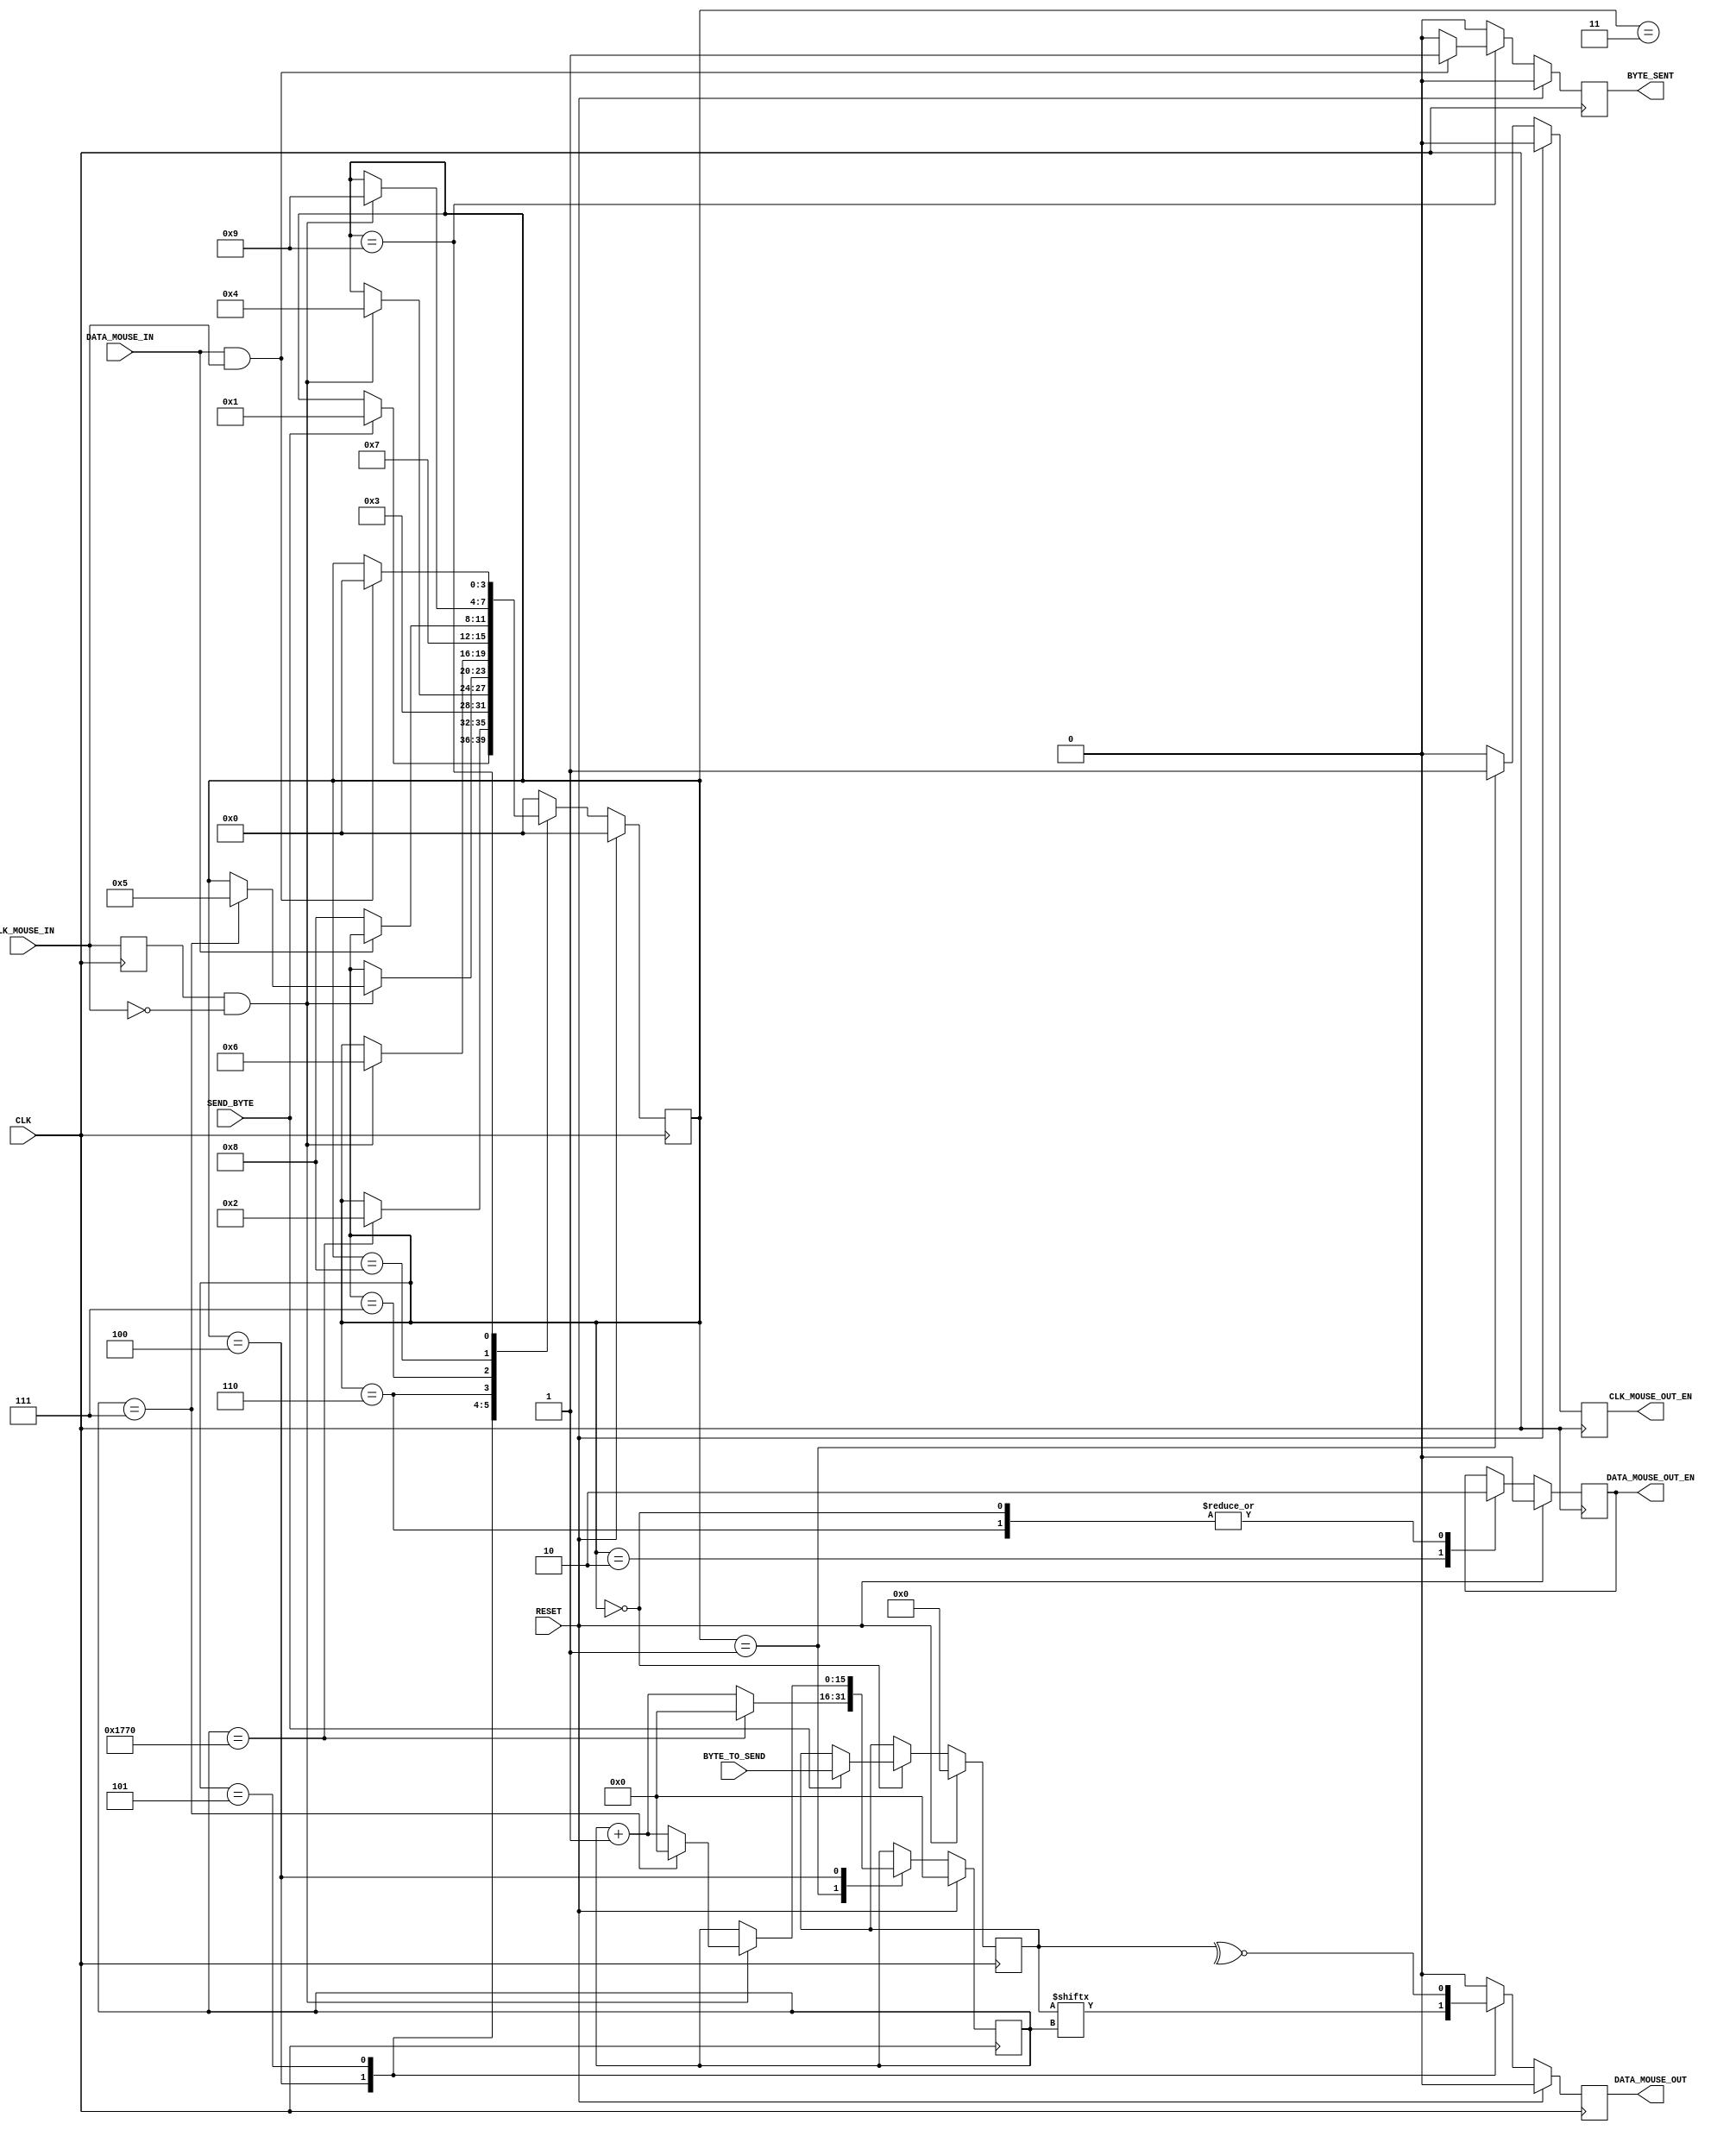
`timescale 1ns / 1ps
//////////////////////////////////////////////////////////////////////////////////
// Company: University of Edinburgh
// 
// Design Name: Digital Design Lab 4
// Module Name:    MouseTransmitter 
// Project Name: PS2 Mouse Interface
// Target Devices: Basys 2 
// Tool versions: 
// Description: This is the Mouse Transmitter module. It is responsible for sending
// signals to the Mouse.
//
// Dependencies: 
//
// Revision: 
// Revision 0.01 - File Created
// Additional Comments: 
//
//////////////////////////////////////////////////////////////////////////////////
module MouseTransmitter(
	//Standard Inputs
	input RESET,
	input CLK,
	//Mouse IO - CLK
	input CLK_MOUSE_IN,
	output CLK_MOUSE_OUT_EN, // Allows for the control of the Clock line
	//Mouse IO - DATA
	input DATA_MOUSE_IN,
	output DATA_MOUSE_OUT,
	output DATA_MOUSE_OUT_EN,
	//Control
	input SEND_BYTE,
	input [7:0] BYTE_TO_SEND,
	output BYTE_SENT
);
//////////////////////////////////////////////////////////
// Clk Mouse delayed to detect clock edges
	reg ClkMouseInDly;
	always@(posedge CLK)
	ClkMouseInDly <= CLK_MOUSE_IN;
//////////////////////////////////////////////////////////

//Now a state machine to control the flow of write data
	reg [3:0] Curr_State, Next_State;
	reg Curr_MouseClkOutWE, Next_MouseClkOutWE;
	reg Curr_MouseDataOut, Next_MouseDataOut;
	reg Curr_MouseDataOutWE, Next_MouseDataOutWE;
	reg [15:0] Curr_SendCounter, Next_SendCounter;
	reg Curr_ByteSent, Next_ByteSent;
	reg [7:0] Curr_ByteToSend, Next_ByteToSend;

//Sequential
always@(posedge CLK) begin
	if(RESET) begin
		Curr_State <= 4'h0;
		Curr_MouseClkOutWE <= 1'b0;
		Curr_MouseDataOut <= 1'b0;
		Curr_MouseDataOutWE <= 1'b0;
		Curr_SendCounter <= 0;
		Curr_ByteSent <= 1'b0;
		Curr_ByteToSend <= 0;
	end else begin
		Curr_State <= Next_State;
		Curr_MouseClkOutWE <= Next_MouseClkOutWE;
		Curr_MouseDataOut <= Next_MouseDataOut;
		Curr_MouseDataOutWE <= Next_MouseDataOutWE;
		Curr_SendCounter <= Next_SendCounter;
		Curr_ByteSent <= Next_ByteSent;
		Curr_ByteToSend <= Next_ByteToSend;
	end
end

//Combinatorial
always@* begin
	//default values
	Next_State = Curr_State;
	Next_MouseClkOutWE = 1'b0;
	Next_MouseDataOut = 1'b0;
	Next_MouseDataOutWE = Curr_MouseDataOutWE;
	Next_SendCounter = Curr_SendCounter;
	Next_ByteSent = 1'b0;
	Next_ByteToSend = Curr_ByteToSend;
	
	case(Curr_State)
	//IDLE
	4'h0 : begin
		if(SEND_BYTE) begin
			Next_State = 4'h1;
			Next_ByteToSend = BYTE_TO_SEND;
		end
		Next_MouseDataOutWE = 1'b0;
	end

	//Bring Clock line low for at least 100 microsecs i.e. 5000 clock cycles @ 50MHz
	4'h1 : begin
		if(Curr_SendCounter == 6000) begin
			Next_State = 4'h2;
			Next_SendCounter = 0;
		end else
			Next_SendCounter = Curr_SendCounter + 1'b1;
		Next_MouseClkOutWE = 1'b1;
	end

	//Bring the Data Line Low and release the Clock line
	4'h2 : begin
		Next_State = 4'h3;
		Next_MouseDataOutWE = 1'b1;
	end

	//Start Sending
	4'h3 : begin // change data at falling edge of clock, start bit = 0
		if(ClkMouseInDly & ~CLK_MOUSE_IN)
			Next_State = 4'h4;
	end

	//Send Bits 0 to 7 - We need to send the byte
	4'h4 : begin // change data at falling edge of clock
		if(ClkMouseInDly & ~CLK_MOUSE_IN) begin
			if(Curr_SendCounter == 7) begin
				Next_State = 4'h5;
				Next_SendCounter = 0;
			end else
				Next_SendCounter = Curr_SendCounter + 1'b1;
		end
		Next_MouseDataOut = Curr_ByteToSend[Curr_SendCounter];
	end

	//Send the parity bit
	4'h5 : begin // change data at falling edge of clock
		if(ClkMouseInDly & ~CLK_MOUSE_IN)
			Next_State = 4'h6;
		Next_MouseDataOut = ~^Curr_ByteToSend[7:0];
	end

	//Release Data line
	4'h6 : begin
		Next_State = 4'h7;
		Next_MouseDataOutWE = 1'b0;
	end

/*
Wait for Device to bring Data line low, then wait for Device to bring Clock line low, and finally wait for
Device to release both Data and Clock.
*/
	4'h7: begin
		if(~DATA_MOUSE_IN)
			Next_State = 4'h8;
	end
	
	4'h8: begin
		if(ClkMouseInDly & ~CLK_MOUSE_IN)
			Next_State = 4'h9;
	end
	
	4'h9: begin
		if(DATA_MOUSE_IN & CLK_MOUSE_IN)begin
			Next_ByteSent = 1'b1;
			Next_State = 4'h0;
		end
	end
	
	default: Next_State = 4'h0;
	endcase
end

///////////////////////////////////////////////////////////////
//Assign OUTPUTs
	
	//Mouse IO - CLK
	assign CLK_MOUSE_OUT_EN = Curr_MouseClkOutWE;
	//Mouse IO - DATA
	assign DATA_MOUSE_OUT = Curr_MouseDataOut;
	assign DATA_MOUSE_OUT_EN = Curr_MouseDataOutWE;
	//Control
	assign BYTE_SENT = Curr_ByteSent;

endmodule